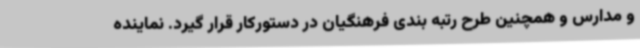
و مدارس و همچنین طرح رتبه بندی فرهنگیان در دستورکار قرار گیرد. نماینده